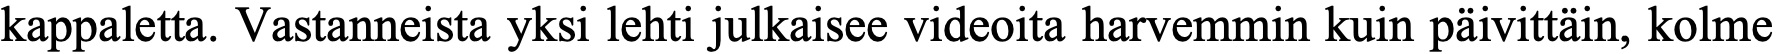
kappaletta. Vastanneista yksi lehti julkaisee videoita harvemmin kuin päivittäin, kolme